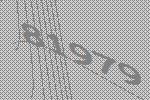
81979